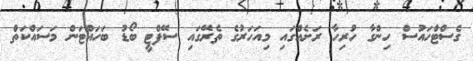
ގެސްޓްހައުސް ހިންގާ ހުރިހާ ރަށެއްގައި މިއަހަރުގެ ތެރޭގައި ސޭފްޓީ ބޯޑު ބަހައްޓަން މަސައްކަތް